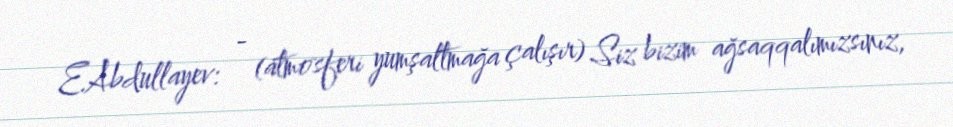
E.Abdullayev: - (atmosferi yumşaltmağa çalışır) Siz bizim ağsaqqalımızsınız,